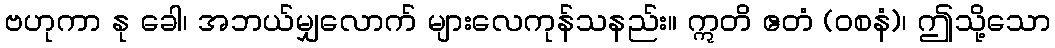
ဗဟုကာ နု ခေါ၊ အဘယ်မျှလောက် များလေကုန်သနည်း။ ဣတိ ဧတံ (ဝစနံ)၊ ဤသို့သော